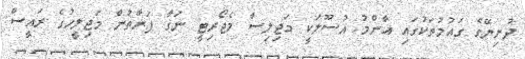
ދުނިޔޭގެ ގައުމުތަކުގައި އާންމު އުސޫލަކީ މަޖިލިސް މެޖޯރިޓީ ނަގާ ފަރާތުން މަޖިލީހުގެ ރައީސް